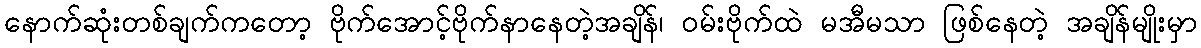
နောက်ဆုံးတစ်ချက်ကတော့ ဗိုက်အောင့်ဗိုက်နာနေတဲ့အချိန်၊ ဝမ်းဗိုက်ထဲ မအီမသာ ဖြစ်နေတဲ့ အချိန်မျိုးမှာ